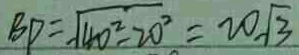
B D = \sqrt { 4 0 ^ { 2 } - 2 0 ^ { 2 } } = 2 0 \sqrt { 3 }